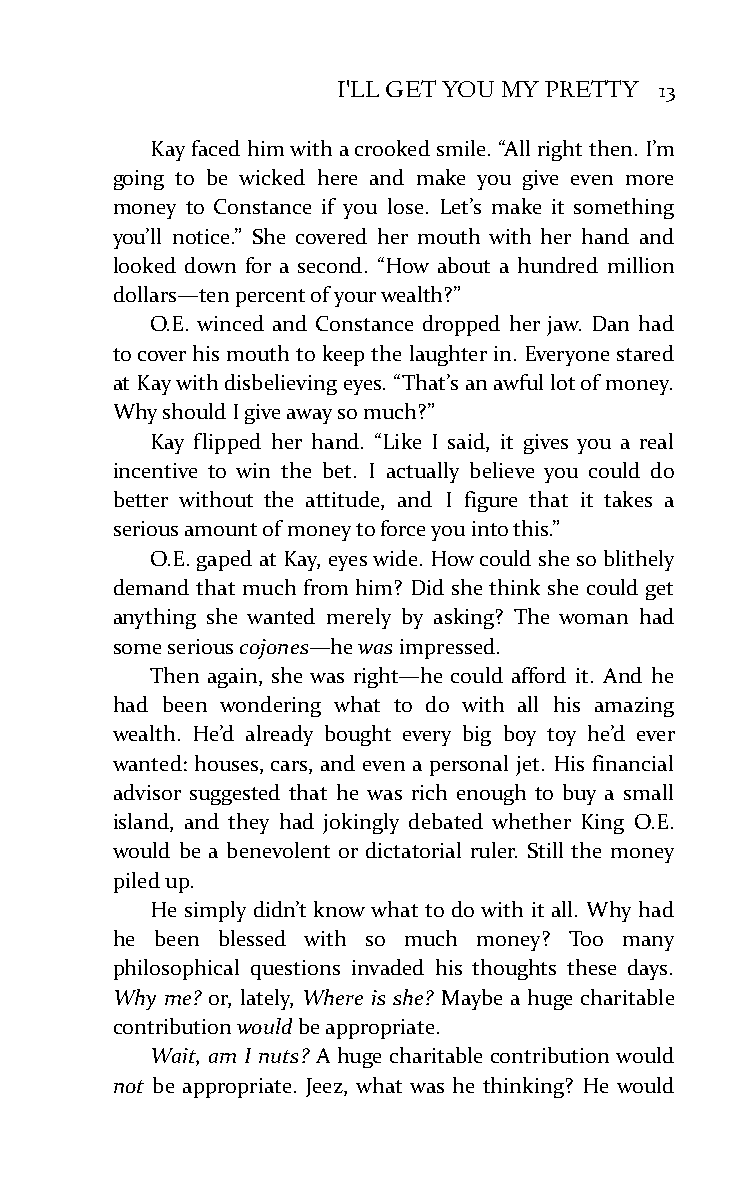
I'LL GET YOU MY PRETTY 13
 Kay faced him with a crooked smile. “All right then. I’m
 going to be wicked here and make you give even more
 money to Constance if you lose. Let’s make it something
 you’ll notice.” She covered her mouth with her hand and
 looked down for a second. “How about a hundred million
 dollars—ten percent of your wealth?”
 O.E. winced and Constance dropped her jaw. Dan had
 to cover his mouth to keep the laughter in. Everyone stared
 at Kay with disbelieving eyes. “That’s an awful lot of money.
 Why should I give away so much?”
 Kay flipped her hand. “Like I said, it gives you a real
 incentive to win the bet. I actually believe you could do
 better without the attitude, and I figure that it takes a
 serious amount of money to force you into this.”
 O.E. gaped at Kay, eyes wide. How could she so blithely
 demand that much from him? Did she think she could get
 anything she wanted merely by asking? The woman had
 some serious cojones—he was impressed.
 Then again, she was right—he could afford it. And he
 had been wondering what to do with all his amazing
 wealth. He’d already bought every big boy toy he’d ever
 wanted: houses, cars, and even a personal jet. His financial
 advisor suggested that he was rich enough to buy a small
 island, and they had jokingly debated whether King O.E.
 would be a benevolent or dictatorial ruler. Still the money
 piled up.
 He simply didn’t know what to do with it all. Why had
 he been blessed with so much money? Too many
 philosophical questions invaded his thoughts these days.
 Why me? or, lately, Where is she? Maybe a huge charitable
 contribution would be appropriate.
 Wait, am I nuts? A huge charitable contribution would
 not be appropriate. Jeez, what was he thinking? He would